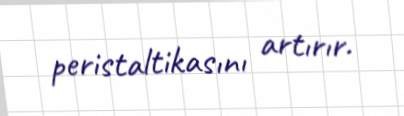
peristaltikasını artırır.